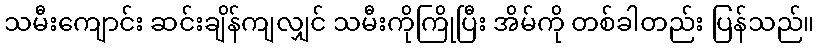
သမီးကျောင်း ဆင်းချိန်ကျလျှင် သမီးကိုကြိုပြီး အိမ်ကို တစ်ခါတည်း ပြန်သည်။